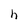
Character: h